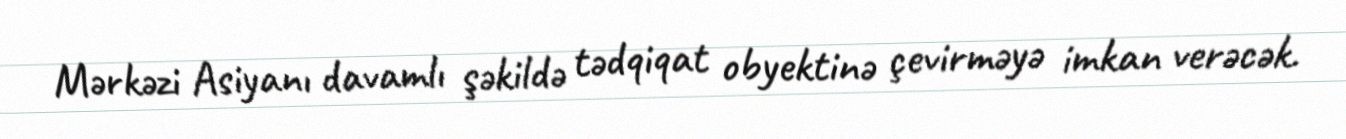
Mərkəzi Asiyanı davamlı şəkildə tədqiqat obyektinə çevirməyə imkan verəcək.